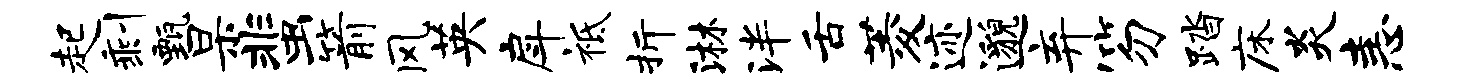
起剩甄杲蜚箭风英戽祗折淋泮舌菱迹邈弃笏踏床炎恚